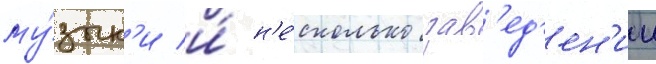
му́зык'и и́ н'е́сколько зав'ед'ен'ии